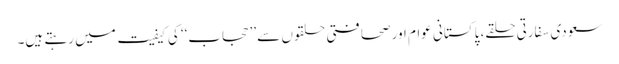
سعودی سفارتی حلقے، پاکستانی عوام اور صحافتی حلقوں سے ’’حجاب‘‘ کی کیفیت میں رہتے ہیں۔